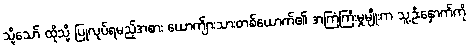
သို့သော် ထိုသို့ ပြုလုပ်ရမည့်အစား ယောက်ျားသားတစ်ယောက်၏ အကြံကြီးမှုမျိုးက သူ့ဦးနှောက်ကို